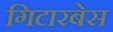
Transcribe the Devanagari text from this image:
गिटारबेस